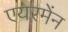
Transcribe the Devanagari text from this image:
एयरमेंन